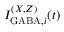
I _ { \mathrm { G A B A } , i } ^ { ( X , Z ) } ( t )